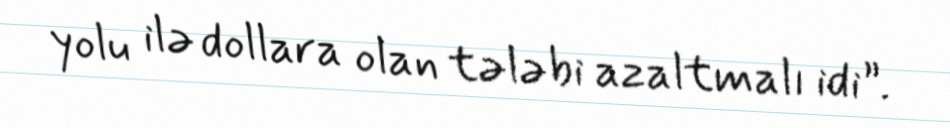
yolu ilə dollara olan tələbi azaltmalı idi”.